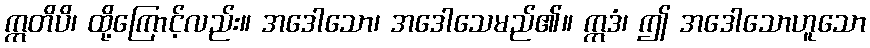
ဣတိပိ၊ ထို့ကြောင့်လည်း။ အဒေါသော၊ အဒေါသေမည်၏။ ဣဒံ၊ ဤ အဒေါသောဟူသော